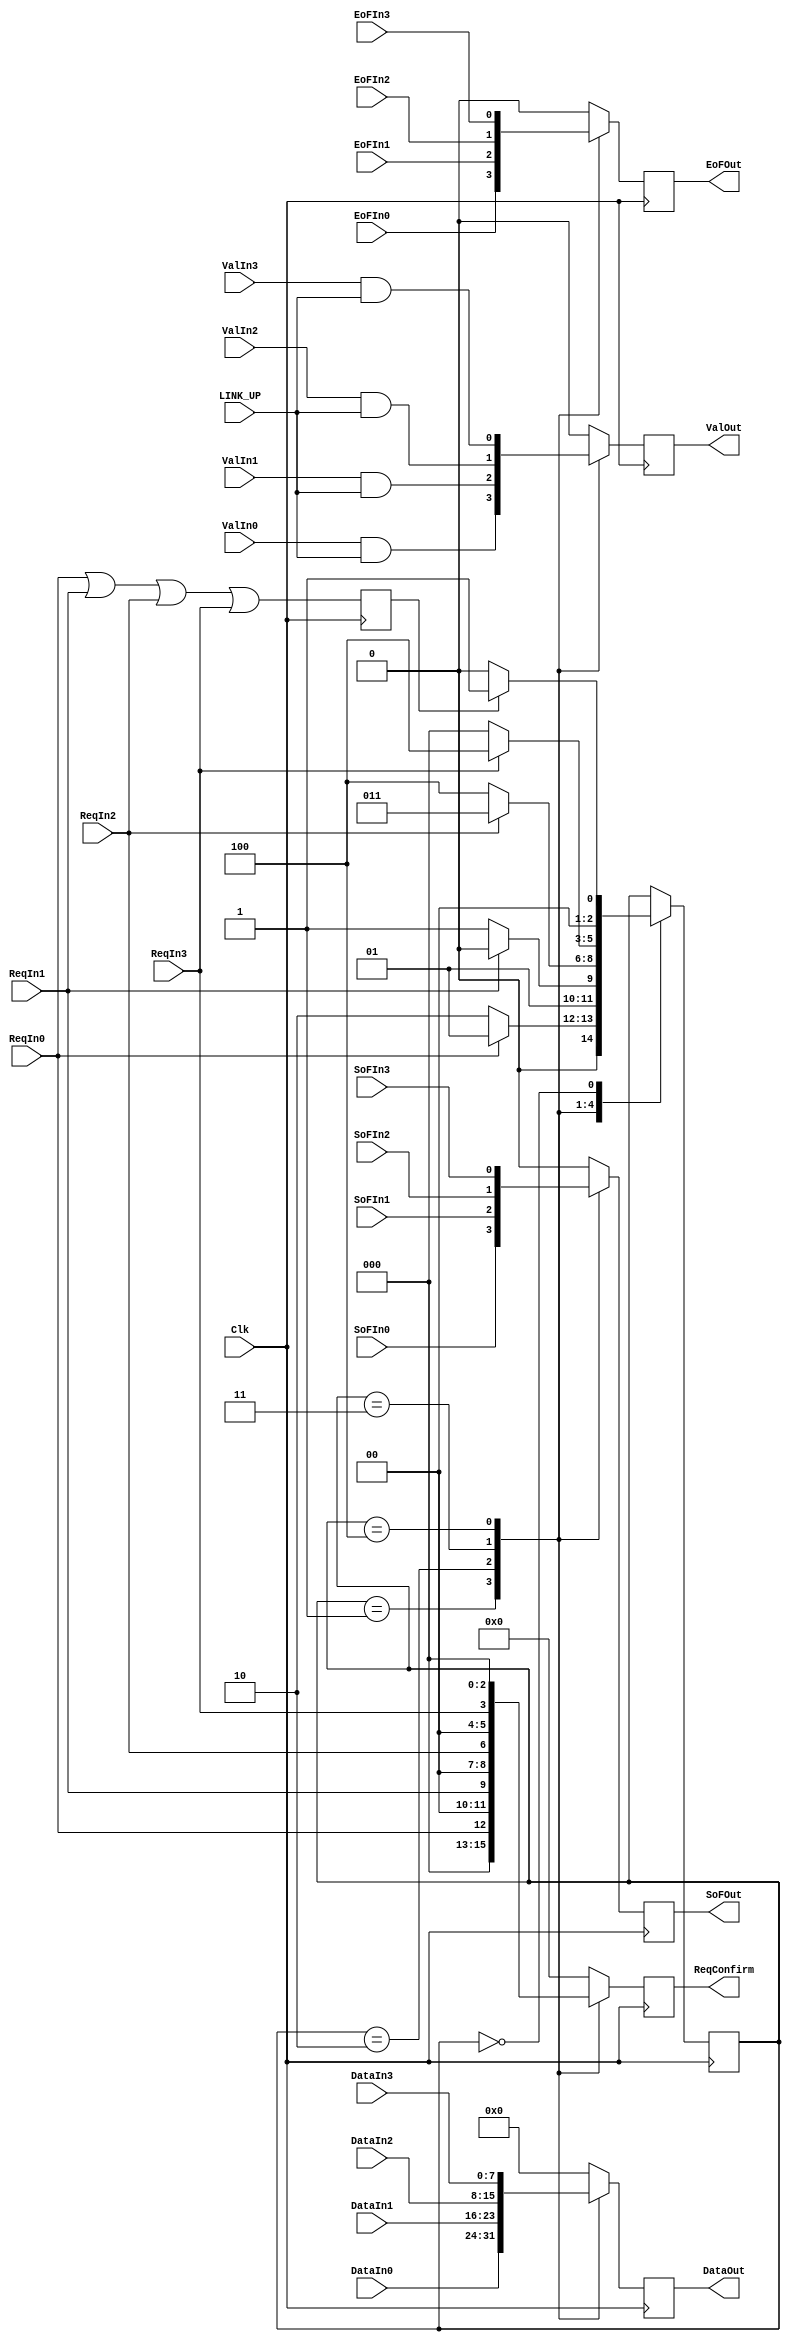

module EthScheduler
(

   input	Clk,
    input LINK_UP,

    input	ValIn0,
    input	SoFIn0,
    input	EoFIn0,
    input	ReqIn0,
    input	[7:0]DataIn0,

    input	ValIn1,
    input	SoFIn1,
    input	EoFIn1,
    input	ReqIn1,
    input	[7:0]DataIn1,

    input	ValIn2,
    input	SoFIn2,
    input	EoFIn2,
    input	ReqIn2,
    input	[7:0]DataIn2,

    input	ValIn3,
    input	SoFIn3,
    input	EoFIn3,
    input	ReqIn3,
    input	[7:0]DataIn3,

    output reg	[3:0]ReqConfirm = 0,

    output reg ValOut = 0,
    output reg SoFOut = 0,
    output reg EoFOut = 0,
    output reg [7:0]DataOut = 0

);

// reg  [3:0]ReqReg;
// reg  [3:0]ReqRegD;

// reg  BusyState=1'b0;
// reg  BusyStateD=1'b0;


// reg StopBusy;

reg VaitRequest = 0;


parameter  IDLE=0, ZERO=1, ONE=2, TWO=3, THREE=4;
reg [2:0] CurrentState=ZERO;

always @(posedge Clk )
begin
VaitRequest<=ReqIn0||ReqIn1||ReqIn2||ReqIn3;

case (CurrentState)
	  ZERO  : if (ReqIn0) 		CurrentState<= ZERO  ; else CurrentState<= ONE  ;
	  ONE   : if (ReqIn1) 		CurrentState<= ONE   ; else CurrentState<= TWO  ;
	  TWO   : if (ReqIn2) 		CurrentState<= TWO   ; else CurrentState<= THREE;
	  THREE : if (ReqIn3) 		CurrentState<= THREE ; else CurrentState<= IDLE ;
	  IDLE  : if (VaitRequest) CurrentState<= ZERO  ; else CurrentState<= IDLE ;
endcase
end



always @(posedge Clk)
begin
    case (CurrentState)
    ZERO : DataOut<=DataIn0;
    ONE  : DataOut<=DataIn1;
    TWO  : DataOut<=DataIn2;
    THREE: DataOut<=DataIn3;
    default : DataOut<=1'b0;
    endcase

    case (CurrentState)
    ZERO : EoFOut<=EoFIn0;
    ONE  : EoFOut<=EoFIn1;
    TWO  : EoFOut<=EoFIn2;
    THREE: EoFOut<=EoFIn3;
    default : EoFOut<=1'b0;
    endcase

    case (CurrentState)
    ZERO : SoFOut<=SoFIn0;
    ONE  : SoFOut<=SoFIn1;
    TWO  : SoFOut<=SoFIn2;
    THREE: SoFOut<=SoFIn3;
    default : SoFOut<=1'b0;
    endcase

    case (CurrentState)
    ZERO : ValOut<=ValIn0&LINK_UP;
    ONE  : ValOut<=ValIn1&LINK_UP;
    TWO  : ValOut<=ValIn2&LINK_UP;
    THREE: ValOut<=ValIn3&LINK_UP;
    default : ValOut<=1'b0;
    endcase

    case (CurrentState)
    ZERO : ReqConfirm[3:0]<={1'b0,1'b0,1'b0,ReqIn0};
    ONE  : ReqConfirm[3:0]<={1'b0,1'b0,ReqIn1,1'b0};
    TWO  : ReqConfirm[3:0]<={1'b0,ReqIn2,1'b0,1'b0};
    THREE: ReqConfirm[3:0]<={ReqIn3,1'b0,1'b0,1'b0};
    default : ReqConfirm[3:0]<=0;
    endcase
end


endmodule